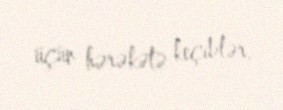
üçün hərəkətə keçiblər.